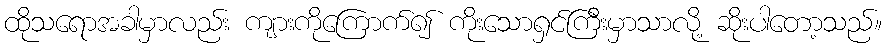
ထိုသရောအခါမှာလည်း ကျားကိုကြောက်၍ ကိုးသောရှင်ကြီးမှာသာလို့ ဆိုးပါတော့သည်။